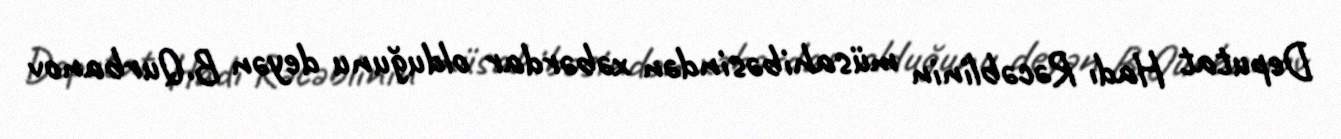
Deputat Hadı Rəcəblinin müsahibəsindən xəbərdar olduğunu deyən B.Qurbanov